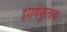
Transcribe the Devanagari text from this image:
इराणपुरताच